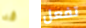
قد تفعل